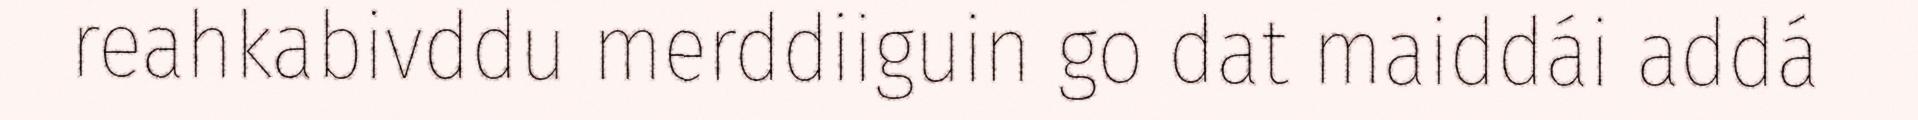
reahkabivddu merddiiguin go dat maiddái addá